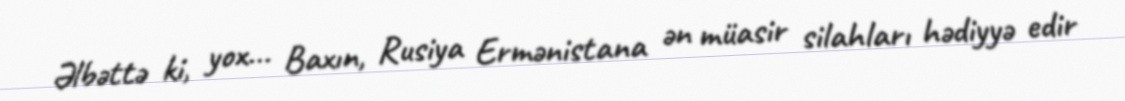
Əlbəttə ki, yox... Baxın, Rusiya Ermənistana ən müasir silahları hədiyyə edir